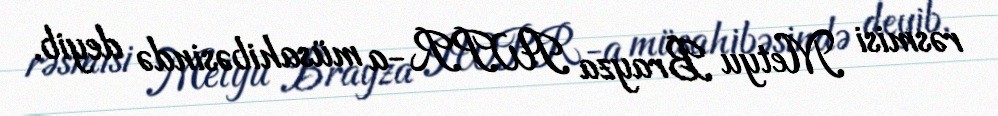
rəsmisi Metyu Brayza IWPR-a müsahibəsində deyib.